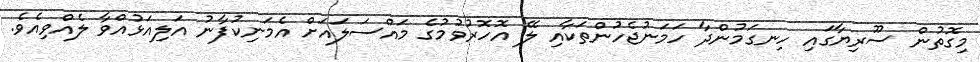
މިގޮތުން ސޫރިޔާގައި ހިނގަމުންދާ ހަމަނުޖެހުންތަކާއި ލޭ އޮހޮރުވުމުގެ މައްސަލައަށް އެމަނިކުފާނު އަލިއަޅުއްވާ ލެއްވިއެވެ.